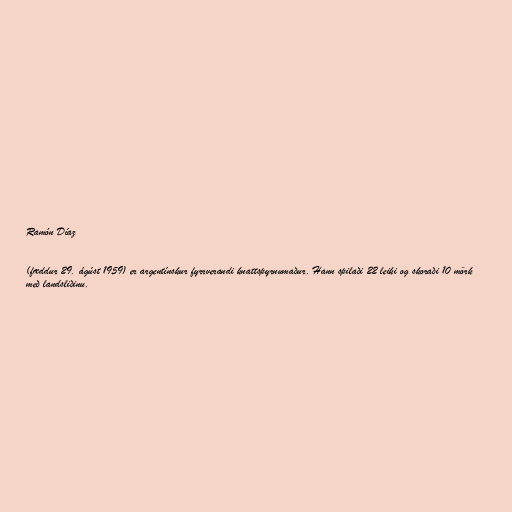
Ramón Díaz

(fæddur 29. ágúst 1959) er argentínskur fyrrverandi knattspyrnumaður. Hann spilaði 22 leiki og skoraði 10 mörk
með landsliðinu.